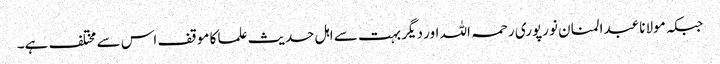
جبکہ مولانا عبدالمنان نورپوری رحمہ اللہ اور دیگر بہت سے اہل حدیث علما کا موقف اس سے مختلف ہے۔